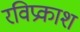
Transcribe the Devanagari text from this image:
रविप्रकाश